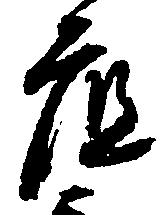
底